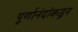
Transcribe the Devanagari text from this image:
पूर्णानंदांकडून